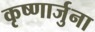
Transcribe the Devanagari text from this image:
कृष्णार्जुना